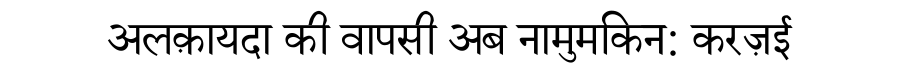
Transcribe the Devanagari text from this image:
अलक़ायदा की वापसी अब नामुमकिन: करज़ई